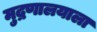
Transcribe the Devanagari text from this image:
मुद्रणालयाला